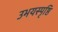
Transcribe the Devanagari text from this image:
उभयस्पृष्ठि